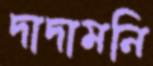
দাদামনি